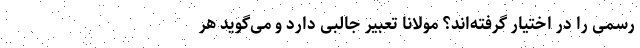
رسمی را در اختیار گرفته‌اند؟ مولانا تعبیر جالبی دارد و می‌گوید هر